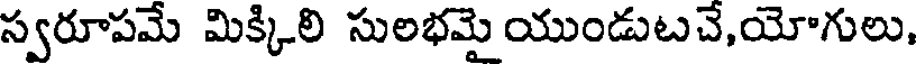
స్వరూపమే మిక్కిలి సులభమై యుండుటచే,యోగులు,